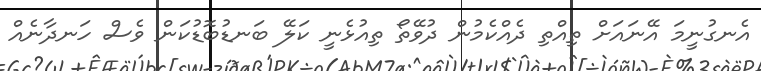
އެނގުނީމަ އޭނައަށް ތިއްތި ދެއްކެމުން ދުވޭތޯ ތިއުޅެނީ ކަލޭ ބަނޑުބޮޑުކަން ވެސް ހަނދާނެއް